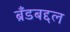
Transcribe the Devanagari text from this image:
ब्रँडबद्दल